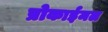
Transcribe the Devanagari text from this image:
प्रोकाईमल